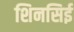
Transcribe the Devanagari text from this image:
शिनसिई